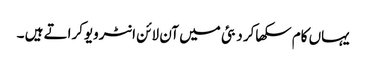
یہاں کام سکھاکر دبئی میں آن لائن انٹرویوکراتے ہیں ۔